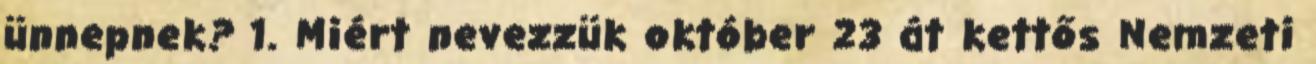
ünnepnek? 1. Miért nevezzük október 23 át kettős Nemzeti